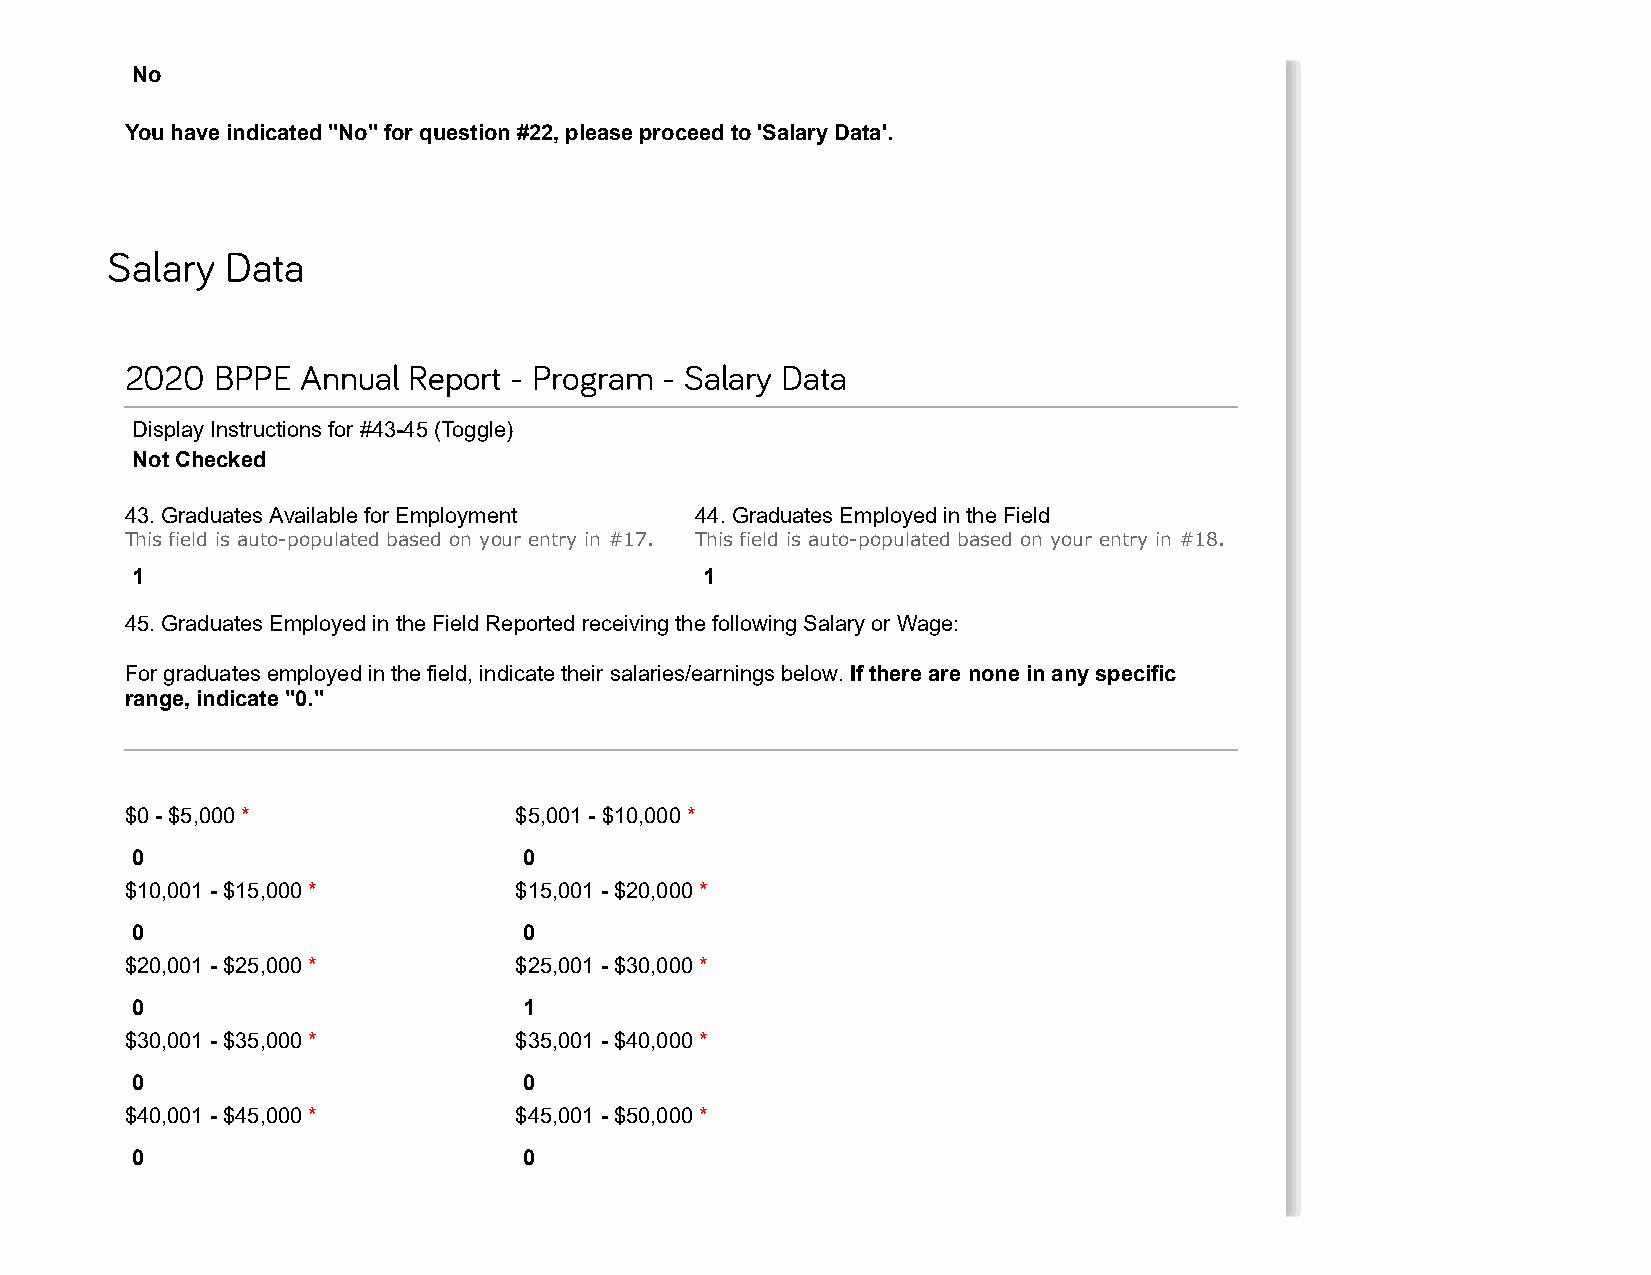
No
 You have indicated "No" for question #22, please proceed to 'Salary Data'.
 Salary  Data
 2020  BPPE  Annual Report - Program - Salary Data
 Display Instructions for #43-45 (Toggle)
 Not Checked
 43. Graduates Available for Employment 44. Graduates Employed in the Field
 This field is auto-populated based on your entry in #17. This field is auto-populated based on your entry in #18.
 1                                     1
 45. Graduates Employed in the Field Reported receiving the following Salary or Wage:
 For graduates employed in the field, indicate their salaries/earnings below. If there are none in any specific
 range, indicate "0."
 $0 - $5,000 *             $5,001 - $10,000 *
 0                         0
 $10,001 - $15,000 *       $15,001 - $20,000 *
 0                         0
 $20,001 - $25,000 *       $25,001 - $30,000 *
 0                         1
 $30,001 - $35,000 *       $35,001 - $40,000 *
 0                         0
 $40,001 - $45,000 *       $45,001 - $50,000 *
 0                         0